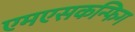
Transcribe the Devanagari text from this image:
एमएसकन्फिग